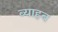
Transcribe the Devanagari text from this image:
ब्याहब